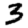
Digit: 3